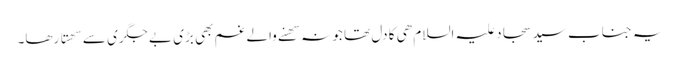
یہ جناب سید سجاد علیہ السلام ھی کا دل تھا جو نہ سھنے والے غم بھی بڑی بے جگری سے سھتا رھا۔